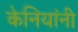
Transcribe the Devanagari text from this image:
केनियांनी